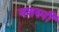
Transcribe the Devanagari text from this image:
यशरुपी